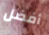
أفضل